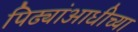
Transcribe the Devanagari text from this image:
पिढ्यांआधीच्या